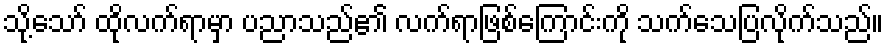
သို့သော် ထိုလက်ရာမှာ ပညာသည်၏ လက်ရာဖြစ်ကြောင်းကို သက်သေပြလိုက်သည်။